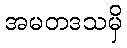
အမတဒသမှိ